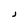
Character: J